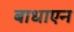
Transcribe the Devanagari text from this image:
बाधाएन